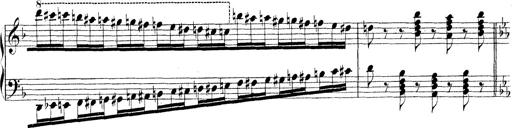
Title: Technische Studien
Composer: Franz Liszt